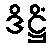
ဒိဋ္ဌိံ